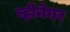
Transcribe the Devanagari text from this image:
व्हीनेगर